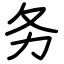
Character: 务